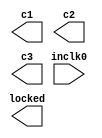
/*
  
   Multicore 2 / Multicore 2+
  
   Copyright (c) 2017-2020 - Victor Trucco

  
   All rights reserved
  
   Redistribution and use in source and synthezised forms, with or without
   modification, are permitted provided that the following conditions are met:
  
   Redistributions of source code must retain the above copyright notice,
   this list of conditions and the following disclaimer.
  
   Redistributions in synthesized form must reproduce the above copyright
   notice, this list of conditions and the following disclaimer in the
   documentation and/or other materials provided with the distribution.
  
   Neither the name of the author nor the names of other contributors may
   be used to endorse or promote products derived from this software without
   specific prior written permission.
  
   THIS CODE IS PROVIDED BY THE COPYRIGHT HOLDERS AND CONTRIBUTORS "AS IS"
   AND ANY EXPRESS OR IMPLIED WARRANTIES, INCLUDING, BUT NOT LIMITED TO,
   THE IMPLIED WARRANTIES OF MERCHANTABILITY AND FITNESS FOR A PARTICULAR
   PURPOSE ARE DISCLAIMED. IN NO EVENT SHALL THE AUTHOR OR CONTRIBUTORS BE
   LIABLE FOR ANY DIRECT, INDIRECT, INCIDENTAL, SPECIAL, EXEMPLARY, OR
   CONSEQUENTIAL DAMAGES (INCLUDING, BUT NOT LIMITED TO, PROCUREMENT OF
   SUBSTITUTE GOODS OR SERVICES; LOSS OF USE, DATA, OR PROFITS; OR BUSINESS
   INTERRUPTION) HOWEVER CAUSED AND ON ANY THEORY OF LIABILITY, WHETHER IN
   CONTRACT, STRICT LIABILITY, OR TORT (INCLUDING NEGLIGENCE OR OTHERWISE)
   ARISING IN ANY WAY OUT OF THE USE OF THIS SOFTWARE, EVEN IF ADVISED OF THE
   POSSIBILITY OF SUCH DAMAGE.
  
   You are responsible for any legal issues arising from your use of this code.
  
*/// megafunction wizard: %ALTPLL%VBB%
// GENERATION: STANDARD
// VERSION: WM1.0
// MODULE: altpll 

// ============================================================
// Megafunction Name(s):
// 			altpll
//
// Simulation Library Files(s):
// 			altera_mf
// ============================================================
// ************************************************************
// THIS IS A WIZARD-GENERATED FILE. DO NOT EDIT THIS FILE!
//
// 13.1.0 Build 162 10/23/2013 SJ Web Edition
// ************************************************************

//Copyright (C) 1991-2013 Altera Corporation
//Your use of Altera Corporation's design tools, logic functions 
//and other software and tools, and its AMPP partner logic 
//functions, and any output files from any of the foregoing 
//(including device programming or simulation files), and any 
//associated documentation or information are expressly subject 
//to the terms and conditions of the Altera Program License 
//Subscription Agreement, Altera MegaCore Function License 
//Agreement, or other applicable license agreement, including, 
//without limitation, that your use is for the sole purpose of 
//programming logic devices manufactured by Altera and sold by 
//Altera or its authorized distributors.  Please refer to the 
//applicable agreement for further details.

module jtframe_pll0 (
	inclk0,
	c1,
	c2,
	c3,
	locked);

	input	  inclk0;
	output	  c1;
	output	  c2;
	output	  c3;
	output	  locked;

endmodule

// ============================================================
// CNX file retrieval info
// ============================================================
// Retrieval info: PRIVATE: ACTIVECLK_CHECK STRING "0"
// Retrieval info: PRIVATE: BANDWIDTH STRING "1.000"
// Retrieval info: PRIVATE: BANDWIDTH_FEATURE_ENABLED STRING "1"
// Retrieval info: PRIVATE: BANDWIDTH_FREQ_UNIT STRING "MHz"
// Retrieval info: PRIVATE: BANDWIDTH_PRESET STRING "Low"
// Retrieval info: PRIVATE: BANDWIDTH_USE_AUTO STRING "1"
// Retrieval info: PRIVATE: BANDWIDTH_USE_PRESET STRING "0"
// Retrieval info: PRIVATE: CLKBAD_SWITCHOVER_CHECK STRING "0"
// Retrieval info: PRIVATE: CLKLOSS_CHECK STRING "0"
// Retrieval info: PRIVATE: CLKSWITCH_CHECK STRING "0"
// Retrieval info: PRIVATE: CNX_NO_COMPENSATE_RADIO STRING "0"
// Retrieval info: PRIVATE: CREATE_CLKBAD_CHECK STRING "0"
// Retrieval info: PRIVATE: CREATE_INCLK1_CHECK STRING "0"
// Retrieval info: PRIVATE: CUR_DEDICATED_CLK STRING "c1"
// Retrieval info: PRIVATE: CUR_FBIN_CLK STRING "c0"
// Retrieval info: PRIVATE: DEVICE_SPEED_GRADE STRING "8"
// Retrieval info: PRIVATE: DIV_FACTOR1 NUMERIC "3"
// Retrieval info: PRIVATE: DIV_FACTOR2 NUMERIC "1"
// Retrieval info: PRIVATE: DIV_FACTOR3 NUMERIC "1"
// Retrieval info: PRIVATE: DUTY_CYCLE1 STRING "50.00000000"
// Retrieval info: PRIVATE: DUTY_CYCLE2 STRING "50.00000000"
// Retrieval info: PRIVATE: DUTY_CYCLE3 STRING "50.00000000"
// Retrieval info: PRIVATE: EFF_OUTPUT_FREQ_VALUE1 STRING "48.000000"
// Retrieval info: PRIVATE: EFF_OUTPUT_FREQ_VALUE2 STRING "48.000000"
// Retrieval info: PRIVATE: EFF_OUTPUT_FREQ_VALUE3 STRING "48.000000"
// Retrieval info: PRIVATE: EXPLICIT_SWITCHOVER_COUNTER STRING "0"
// Retrieval info: PRIVATE: EXT_FEEDBACK_RADIO STRING "0"
// Retrieval info: PRIVATE: GLOCKED_COUNTER_EDIT_CHANGED STRING "1"
// Retrieval info: PRIVATE: GLOCKED_FEATURE_ENABLED STRING "0"
// Retrieval info: PRIVATE: GLOCKED_MODE_CHECK STRING "0"
// Retrieval info: PRIVATE: GLOCK_COUNTER_EDIT NUMERIC "1048575"
// Retrieval info: PRIVATE: HAS_MANUAL_SWITCHOVER STRING "1"
// Retrieval info: PRIVATE: INCLK0_FREQ_EDIT STRING "27.000"
// Retrieval info: PRIVATE: INCLK0_FREQ_UNIT_COMBO STRING "MHz"
// Retrieval info: PRIVATE: INCLK1_FREQ_EDIT STRING "25.000"
// Retrieval info: PRIVATE: INCLK1_FREQ_EDIT_CHANGED STRING "1"
// Retrieval info: PRIVATE: INCLK1_FREQ_UNIT_CHANGED STRING "1"
// Retrieval info: PRIVATE: INCLK1_FREQ_UNIT_COMBO STRING "MHz"
// Retrieval info: PRIVATE: INTENDED_DEVICE_FAMILY STRING "Cyclone III"
// Retrieval info: PRIVATE: INT_FEEDBACK__MODE_RADIO STRING "1"
// Retrieval info: PRIVATE: LOCKED_OUTPUT_CHECK STRING "1"
// Retrieval info: PRIVATE: LONG_SCAN_RADIO STRING "1"
// Retrieval info: PRIVATE: LVDS_MODE_DATA_RATE STRING "Not Available"
// Retrieval info: PRIVATE: LVDS_MODE_DATA_RATE_DIRTY NUMERIC "0"
// Retrieval info: PRIVATE: LVDS_PHASE_SHIFT_UNIT1 STRING "deg"
// Retrieval info: PRIVATE: LVDS_PHASE_SHIFT_UNIT2 STRING "deg"
// Retrieval info: PRIVATE: LVDS_PHASE_SHIFT_UNIT3 STRING "ps"
// Retrieval info: PRIVATE: MIG_DEVICE_SPEED_GRADE STRING "Any"
// Retrieval info: PRIVATE: MIRROR_CLK1 STRING "0"
// Retrieval info: PRIVATE: MIRROR_CLK2 STRING "0"
// Retrieval info: PRIVATE: MIRROR_CLK3 STRING "0"
// Retrieval info: PRIVATE: MULT_FACTOR1 NUMERIC "4"
// Retrieval info: PRIVATE: MULT_FACTOR2 NUMERIC "1"
// Retrieval info: PRIVATE: MULT_FACTOR3 NUMERIC "1"
// Retrieval info: PRIVATE: NORMAL_MODE_RADIO STRING "1"
// Retrieval info: PRIVATE: OUTPUT_FREQ1 STRING "48.00000000"
// Retrieval info: PRIVATE: OUTPUT_FREQ2 STRING "48.00000000"
// Retrieval info: PRIVATE: OUTPUT_FREQ3 STRING "48.00000000"
// Retrieval info: PRIVATE: OUTPUT_FREQ_MODE1 STRING "1"
// Retrieval info: PRIVATE: OUTPUT_FREQ_MODE2 STRING "1"
// Retrieval info: PRIVATE: OUTPUT_FREQ_MODE3 STRING "1"
// Retrieval info: PRIVATE: OUTPUT_FREQ_UNIT1 STRING "MHz"
// Retrieval info: PRIVATE: OUTPUT_FREQ_UNIT2 STRING "MHz"
// Retrieval info: PRIVATE: OUTPUT_FREQ_UNIT3 STRING "MHz"
// Retrieval info: PRIVATE: PHASE_RECONFIG_FEATURE_ENABLED STRING "1"
// Retrieval info: PRIVATE: PHASE_RECONFIG_INPUTS_CHECK STRING "0"
// Retrieval info: PRIVATE: PHASE_SHIFT1 STRING "0.00000000"
// Retrieval info: PRIVATE: PHASE_SHIFT2 STRING "180.00000000"
// Retrieval info: PRIVATE: PHASE_SHIFT3 STRING "0.00000000"
// Retrieval info: PRIVATE: PHASE_SHIFT_STEP_ENABLED_CHECK STRING "0"
// Retrieval info: PRIVATE: PHASE_SHIFT_UNIT1 STRING "deg"
// Retrieval info: PRIVATE: PHASE_SHIFT_UNIT2 STRING "deg"
// Retrieval info: PRIVATE: PHASE_SHIFT_UNIT3 STRING "ps"
// Retrieval info: PRIVATE: PLL_ADVANCED_PARAM_CHECK STRING "0"
// Retrieval info: PRIVATE: PLL_ARESET_CHECK STRING "0"
// Retrieval info: PRIVATE: PLL_AUTOPLL_CHECK NUMERIC "1"
// Retrieval info: PRIVATE: PLL_ENHPLL_CHECK NUMERIC "0"
// Retrieval info: PRIVATE: PLL_FASTPLL_CHECK NUMERIC "0"
// Retrieval info: PRIVATE: PLL_FBMIMIC_CHECK STRING "0"
// Retrieval info: PRIVATE: PLL_LVDS_PLL_CHECK NUMERIC "0"
// Retrieval info: PRIVATE: PLL_PFDENA_CHECK STRING "0"
// Retrieval info: PRIVATE: PLL_TARGET_HARCOPY_CHECK NUMERIC "0"
// Retrieval info: PRIVATE: PRIMARY_CLK_COMBO STRING "inclk0"
// Retrieval info: PRIVATE: RECONFIG_FILE STRING "jtframe_pll0.mif"
// Retrieval info: PRIVATE: SACN_INPUTS_CHECK STRING "0"
// Retrieval info: PRIVATE: SCAN_FEATURE_ENABLED STRING "1"
// Retrieval info: PRIVATE: SELF_RESET_LOCK_LOSS STRING "1"
// Retrieval info: PRIVATE: SHORT_SCAN_RADIO STRING "0"
// Retrieval info: PRIVATE: SPREAD_FEATURE_ENABLED STRING "0"
// Retrieval info: PRIVATE: SPREAD_FREQ STRING "50.000"
// Retrieval info: PRIVATE: SPREAD_FREQ_UNIT STRING "KHz"
// Retrieval info: PRIVATE: SPREAD_PERCENT STRING "0.000"
// Retrieval info: PRIVATE: SPREAD_USE STRING "0"
// Retrieval info: PRIVATE: SRC_SYNCH_COMP_RADIO STRING "0"
// Retrieval info: PRIVATE: STICKY_CLK1 STRING "1"
// Retrieval info: PRIVATE: STICKY_CLK2 STRING "1"
// Retrieval info: PRIVATE: STICKY_CLK3 STRING "1"
// Retrieval info: PRIVATE: SWITCHOVER_COUNT_EDIT NUMERIC "1"
// Retrieval info: PRIVATE: SWITCHOVER_FEATURE_ENABLED STRING "1"
// Retrieval info: PRIVATE: SYNTH_WRAPPER_GEN_POSTFIX STRING "0"
// Retrieval info: PRIVATE: USE_CLK1 STRING "1"
// Retrieval info: PRIVATE: USE_CLK2 STRING "1"
// Retrieval info: PRIVATE: USE_CLK3 STRING "1"
// Retrieval info: PRIVATE: USE_CLKENA1 STRING "0"
// Retrieval info: PRIVATE: USE_CLKENA2 STRING "0"
// Retrieval info: PRIVATE: USE_CLKENA3 STRING "0"
// Retrieval info: PRIVATE: USE_MIL_SPEED_GRADE NUMERIC "0"
// Retrieval info: PRIVATE: ZERO_DELAY_RADIO STRING "0"
// Retrieval info: LIBRARY: altera_mf altera_mf.altera_mf_components.all
// Retrieval info: CONSTANT: BANDWIDTH_TYPE STRING "AUTO"
// Retrieval info: CONSTANT: CLK1_DIVIDE_BY NUMERIC "9"
// Retrieval info: CONSTANT: CLK1_DUTY_CYCLE NUMERIC "50"
// Retrieval info: CONSTANT: CLK1_MULTIPLY_BY NUMERIC "16"
// Retrieval info: CONSTANT: CLK1_PHASE_SHIFT STRING "0"
// Retrieval info: CONSTANT: CLK2_DIVIDE_BY NUMERIC "9"
// Retrieval info: CONSTANT: CLK2_DUTY_CYCLE NUMERIC "50"
// Retrieval info: CONSTANT: CLK2_MULTIPLY_BY NUMERIC "16"
// Retrieval info: CONSTANT: CLK2_PHASE_SHIFT STRING "10417"
// Retrieval info: CONSTANT: CLK3_DIVIDE_BY NUMERIC "9"
// Retrieval info: CONSTANT: CLK3_DUTY_CYCLE NUMERIC "50"
// Retrieval info: CONSTANT: CLK3_MULTIPLY_BY NUMERIC "16"
// Retrieval info: CONSTANT: CLK3_PHASE_SHIFT STRING "0"
// Retrieval info: CONSTANT: COMPENSATE_CLOCK STRING "CLK1"
// Retrieval info: CONSTANT: INCLK0_INPUT_FREQUENCY NUMERIC "37037"
// Retrieval info: CONSTANT: INTENDED_DEVICE_FAMILY STRING "Cyclone III"
// Retrieval info: CONSTANT: LPM_TYPE STRING "altpll"
// Retrieval info: CONSTANT: OPERATION_MODE STRING "NORMAL"
// Retrieval info: CONSTANT: PLL_TYPE STRING "AUTO"
// Retrieval info: CONSTANT: PORT_ACTIVECLOCK STRING "PORT_UNUSED"
// Retrieval info: CONSTANT: PORT_ARESET STRING "PORT_UNUSED"
// Retrieval info: CONSTANT: PORT_CLKBAD0 STRING "PORT_UNUSED"
// Retrieval info: CONSTANT: PORT_CLKBAD1 STRING "PORT_UNUSED"
// Retrieval info: CONSTANT: PORT_CLKLOSS STRING "PORT_UNUSED"
// Retrieval info: CONSTANT: PORT_CLKSWITCH STRING "PORT_UNUSED"
// Retrieval info: CONSTANT: PORT_CONFIGUPDATE STRING "PORT_UNUSED"
// Retrieval info: CONSTANT: PORT_FBIN STRING "PORT_UNUSED"
// Retrieval info: CONSTANT: PORT_INCLK0 STRING "PORT_USED"
// Retrieval info: CONSTANT: PORT_INCLK1 STRING "PORT_UNUSED"
// Retrieval info: CONSTANT: PORT_LOCKED STRING "PORT_USED"
// Retrieval info: CONSTANT: PORT_PFDENA STRING "PORT_UNUSED"
// Retrieval info: CONSTANT: PORT_PHASECOUNTERSELECT STRING "PORT_UNUSED"
// Retrieval info: CONSTANT: PORT_PHASEDONE STRING "PORT_UNUSED"
// Retrieval info: CONSTANT: PORT_PHASESTEP STRING "PORT_UNUSED"
// Retrieval info: CONSTANT: PORT_PHASEUPDOWN STRING "PORT_UNUSED"
// Retrieval info: CONSTANT: PORT_PLLENA STRING "PORT_UNUSED"
// Retrieval info: CONSTANT: PORT_SCANACLR STRING "PORT_UNUSED"
// Retrieval info: CONSTANT: PORT_SCANCLK STRING "PORT_UNUSED"
// Retrieval info: CONSTANT: PORT_SCANCLKENA STRING "PORT_UNUSED"
// Retrieval info: CONSTANT: PORT_SCANDATA STRING "PORT_UNUSED"
// Retrieval info: CONSTANT: PORT_SCANDATAOUT STRING "PORT_UNUSED"
// Retrieval info: CONSTANT: PORT_SCANDONE STRING "PORT_UNUSED"
// Retrieval info: CONSTANT: PORT_SCANREAD STRING "PORT_UNUSED"
// Retrieval info: CONSTANT: PORT_SCANWRITE STRING "PORT_UNUSED"
// Retrieval info: CONSTANT: PORT_clk0 STRING "PORT_UNUSED"
// Retrieval info: CONSTANT: PORT_clk1 STRING "PORT_USED"
// Retrieval info: CONSTANT: PORT_clk2 STRING "PORT_USED"
// Retrieval info: CONSTANT: PORT_clk3 STRING "PORT_USED"
// Retrieval info: CONSTANT: PORT_clk4 STRING "PORT_UNUSED"
// Retrieval info: CONSTANT: PORT_clk5 STRING "PORT_UNUSED"
// Retrieval info: CONSTANT: PORT_clkena0 STRING "PORT_UNUSED"
// Retrieval info: CONSTANT: PORT_clkena1 STRING "PORT_UNUSED"
// Retrieval info: CONSTANT: PORT_clkena2 STRING "PORT_UNUSED"
// Retrieval info: CONSTANT: PORT_clkena3 STRING "PORT_UNUSED"
// Retrieval info: CONSTANT: PORT_clkena4 STRING "PORT_UNUSED"
// Retrieval info: CONSTANT: PORT_clkena5 STRING "PORT_UNUSED"
// Retrieval info: CONSTANT: PORT_extclk0 STRING "PORT_UNUSED"
// Retrieval info: CONSTANT: PORT_extclk1 STRING "PORT_UNUSED"
// Retrieval info: CONSTANT: PORT_extclk2 STRING "PORT_UNUSED"
// Retrieval info: CONSTANT: PORT_extclk3 STRING "PORT_UNUSED"
// Retrieval info: CONSTANT: SELF_RESET_ON_LOSS_LOCK STRING "ON"
// Retrieval info: CONSTANT: WIDTH_CLOCK NUMERIC "5"
// Retrieval info: USED_PORT: @clk 0 0 5 0 OUTPUT_CLK_EXT VCC "@clk[4..0]"
// Retrieval info: USED_PORT: c1 0 0 0 0 OUTPUT_CLK_EXT VCC "c1"
// Retrieval info: USED_PORT: c2 0 0 0 0 OUTPUT_CLK_EXT VCC "c2"
// Retrieval info: USED_PORT: c3 0 0 0 0 OUTPUT_CLK_EXT VCC "c3"
// Retrieval info: USED_PORT: inclk0 0 0 0 0 INPUT_CLK_EXT GND "inclk0"
// Retrieval info: USED_PORT: locked 0 0 0 0 OUTPUT GND "locked"
// Retrieval info: CONNECT: @inclk 0 0 1 1 GND 0 0 0 0
// Retrieval info: CONNECT: @inclk 0 0 1 0 inclk0 0 0 0 0
// Retrieval info: CONNECT: c1 0 0 0 0 @clk 0 0 1 1
// Retrieval info: CONNECT: c2 0 0 0 0 @clk 0 0 1 2
// Retrieval info: CONNECT: c3 0 0 0 0 @clk 0 0 1 3
// Retrieval info: CONNECT: locked 0 0 0 0 @locked 0 0 0 0
// Retrieval info: GEN_FILE: TYPE_NORMAL jtframe_pll0.v TRUE
// Retrieval info: GEN_FILE: TYPE_NORMAL jtframe_pll0.ppf TRUE
// Retrieval info: GEN_FILE: TYPE_NORMAL jtframe_pll0.inc FALSE
// Retrieval info: GEN_FILE: TYPE_NORMAL jtframe_pll0.cmp FALSE
// Retrieval info: GEN_FILE: TYPE_NORMAL jtframe_pll0.bsf FALSE
// Retrieval info: GEN_FILE: TYPE_NORMAL jtframe_pll0_inst.v FALSE
// Retrieval info: GEN_FILE: TYPE_NORMAL jtframe_pll0_bb.v TRUE
// Retrieval info: LIB_FILE: altera_mf
// Retrieval info: CBX_MODULE_PREFIX: ON